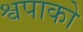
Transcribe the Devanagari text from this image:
श्वपाको